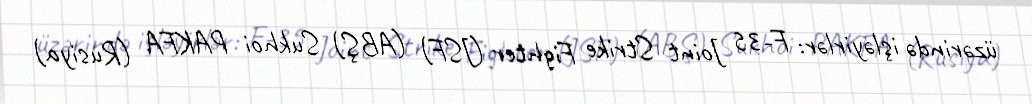
üzərində işləyirlər: F-35 Joint Strike Fighter (JSF) (ABŞ) Sukhoi PAKFA (Rusiya)